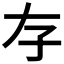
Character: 𡥂